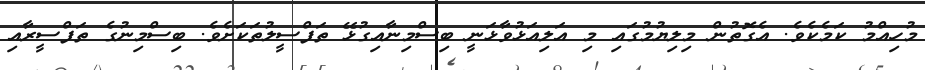
މުހިއްމު ކަމެކެވެ. އެގޮތުން މިލިޔުމުގައި މި އަލިއަޅުވާޅަނީ ބިސްމިނާއިގުޅޭ ތަފްސީލުތަކަށެވެ. ބިސްމިނުގެ ތަފްސީރާއި